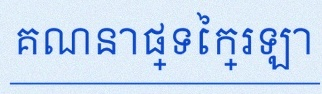
គណនាផ្ទៃក្រឡា